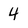
Character: 4